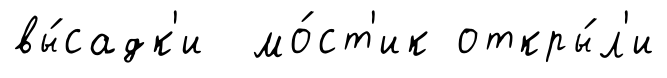
вы́садк'и мо́ст'ик откры́л'и